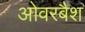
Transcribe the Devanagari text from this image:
ओवरबैश